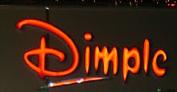
dimple